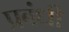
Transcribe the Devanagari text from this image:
प्रबंधी